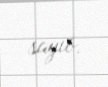
sayıb.